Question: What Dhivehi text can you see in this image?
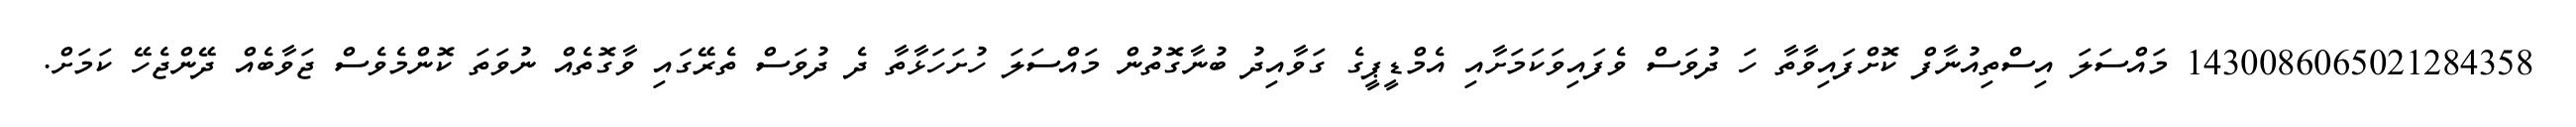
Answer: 1430086065021284358 މައްސަލަ އިސްތިއުނާފް ކޮށްފައިވާތާ ހަ ދުވަސް ވެފައިވަކަމަށާއި އެމްޑީޕީގެ ގަވާއިދު ބުނާގޮތުން މައްސަލަ ހުށަހަޅާތާ ދެ ދުވަސް ތެރޭގައި ވާގޮތެއް ނުވަތަ ކޮންމެވެސް ޖަވާބެއް ދޭންޖެހޭ ކަމަށް.